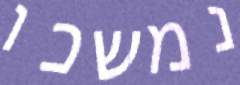
נמשכו